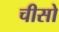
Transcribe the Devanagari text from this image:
चीसो